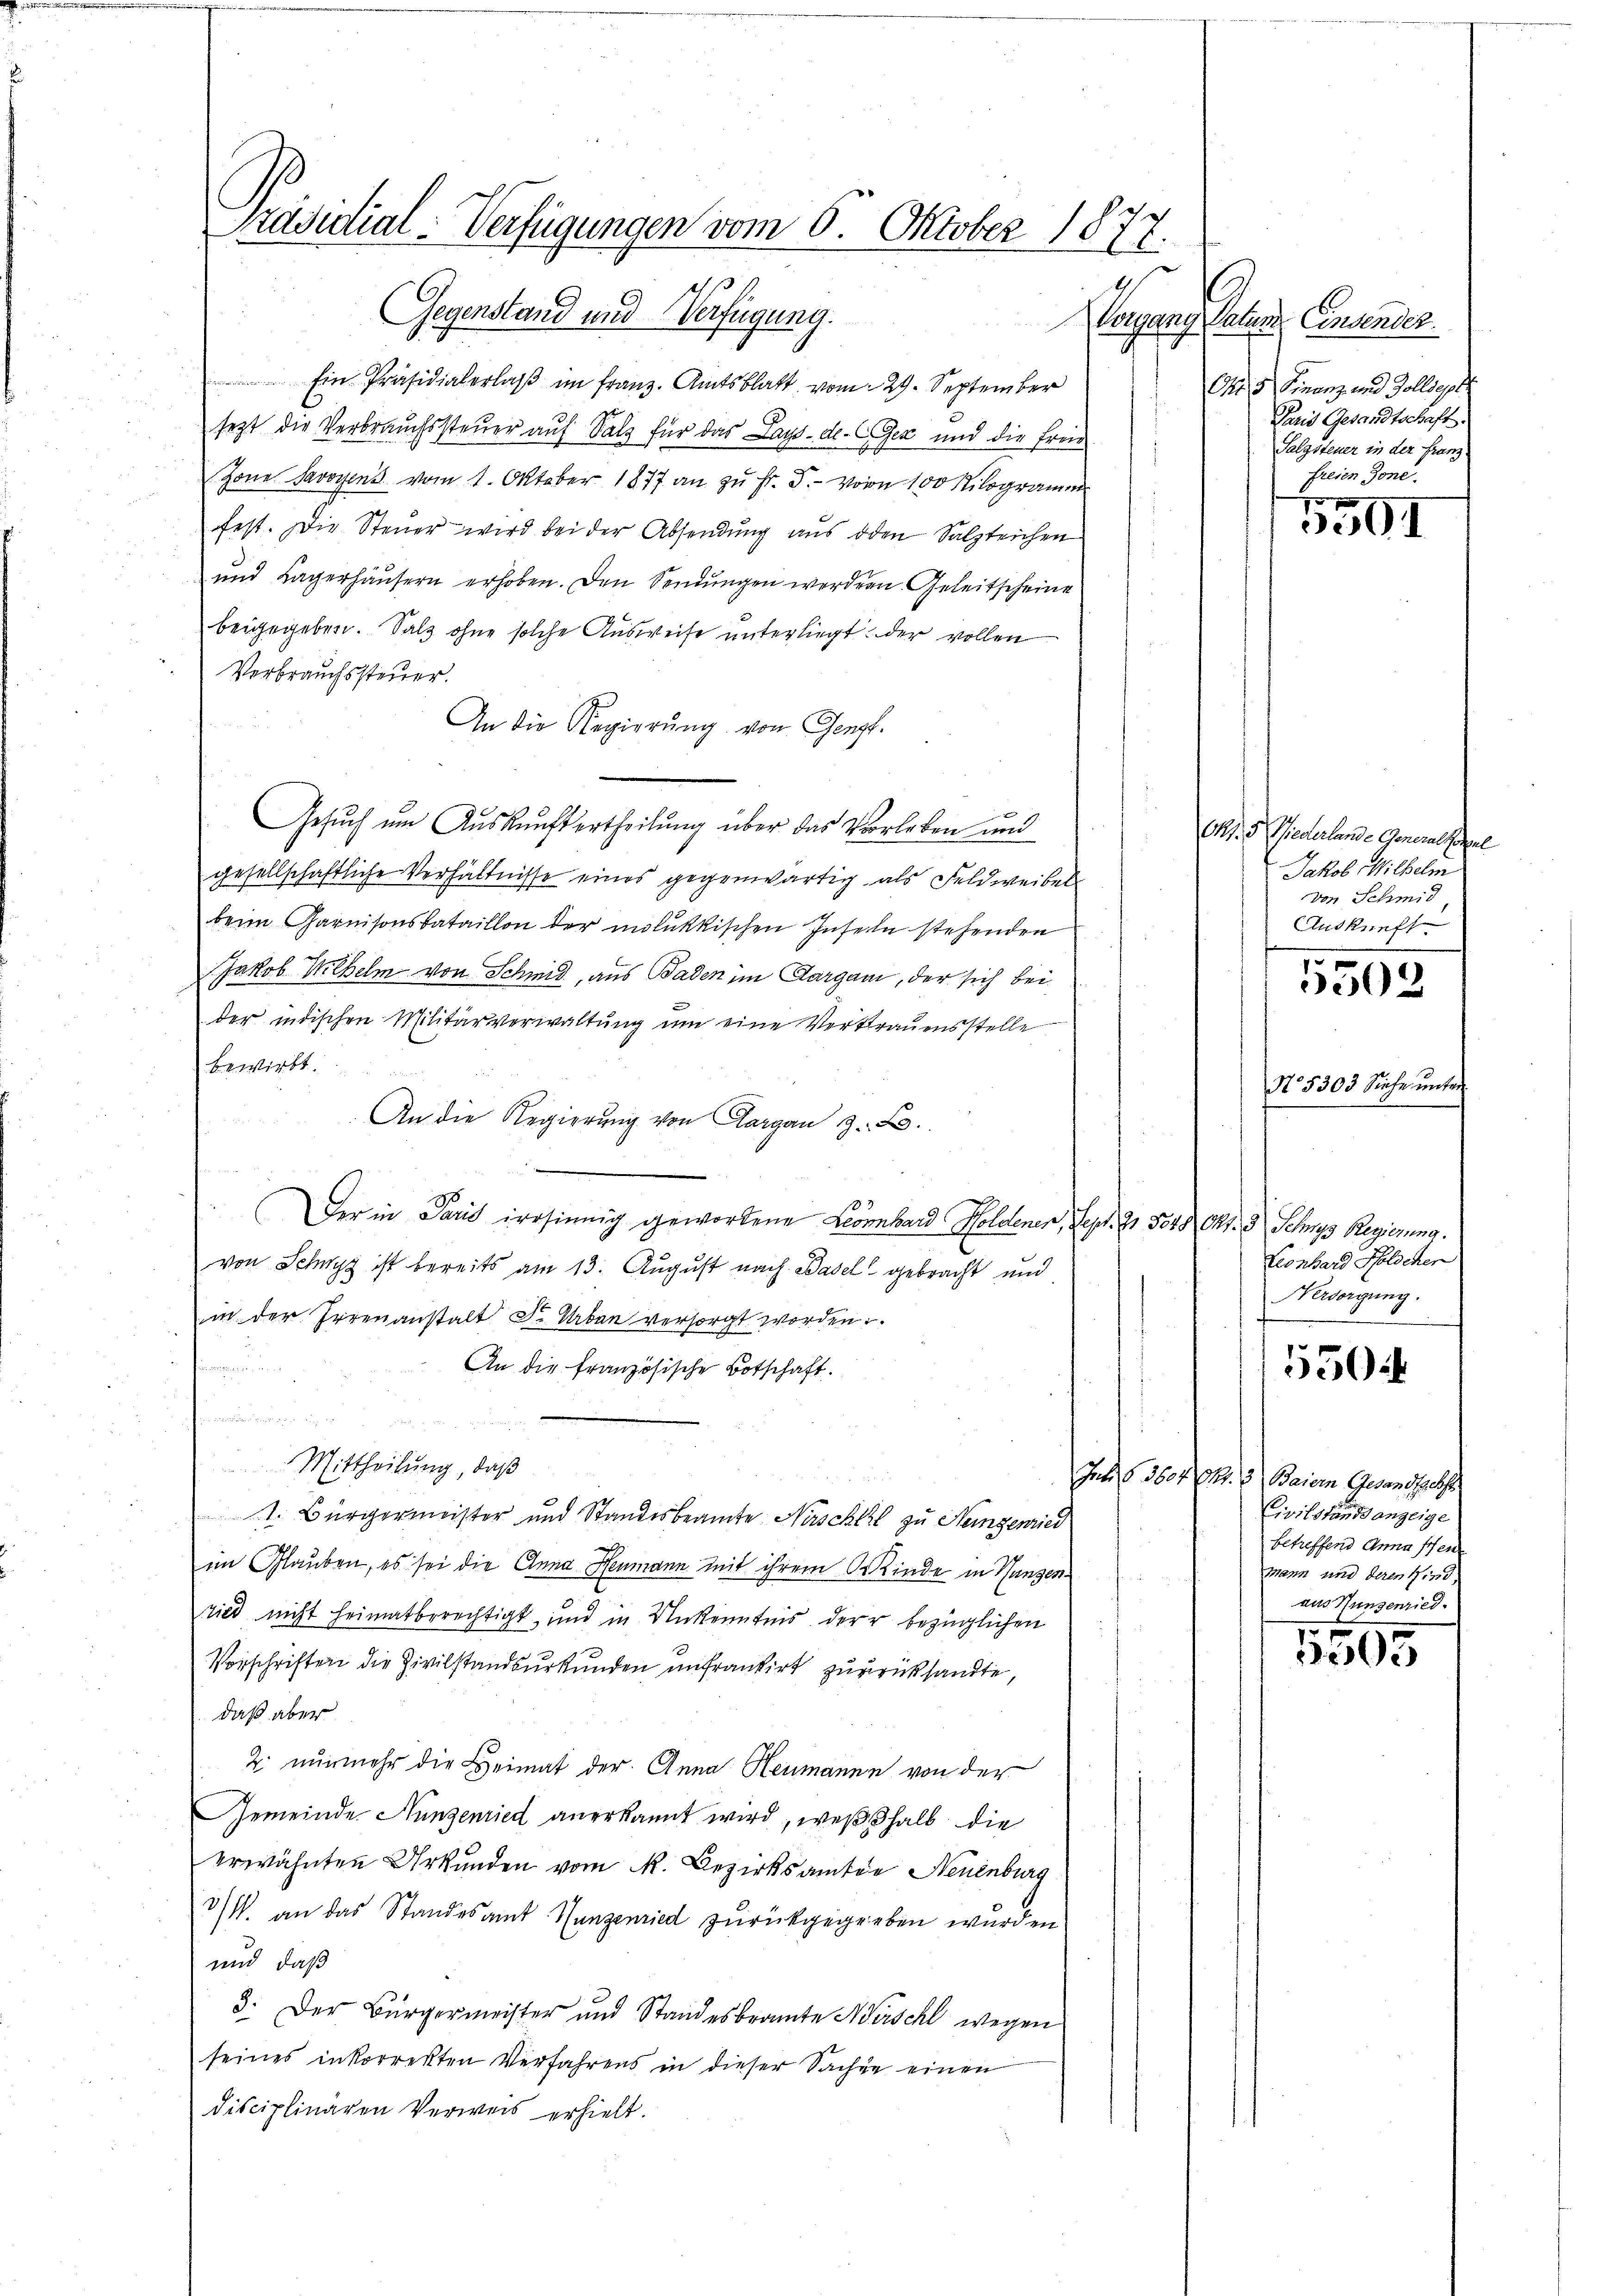
Gegenstand und Verfügung.
ogg
 Ein Präsidialerlaß im Franz. Amtsblatt vom 29. September
sezt die Verbrauchssteuer auf Salz für das Lays-de- CGez und die Frei
Zone Savoyens vom 1. Oktober 1877 an zu Fr. 5.- von 100 Kilogramm
fest. Die Steuer wird bei der Absendung aus den Salzteichen
und Lagerhäŭsern erhoben. Den Sendungen werden. Geleitscheine
beigegeben. Salz ohne solche Ausweise unterliegt der vollen
Verbrauchssteuer.
An die Regierung von Gengt.
Gesuch um Auskauftertheilung über das Vorleben und
gesellschaftliche Verhältnisse eines gegenwärtig als Feldweibel
beim Garnisonsbataillon der milukkischen Inseln stehenden
Jakob Wilhelm von Schmid, aus Baden im Aargau, der sich bei
der indischen Militärverwaltung um eine Vertrauensstelle
bewirkt.
An die Regierung von Aargau z. B.

Der in Paris irrsinnig geworbene Lombard Holdenen, Sept. 20 Pers. Mts. 3 Schups Regierung.
von Schwyz ist bereits am 13. August nach Basel gebracht und
in der Irrenanstalt Dr. Arben versorgt worden
An die französische Botschaft.
d
Mittheilung, daß
. Bürgermeister und Standesbeamte Nischtel zu Heinzenried
im Glauben, es sei die Anna Heumann mit ihrem Kinde in Hungenried nicht heimatberechtigt und in Unkenntnis der bezüglichen
Vorschriften die Zivilstandsurkunden unfrankirt zurücksandte,
daß aber
2. nunmehr die Heimat der Anna Heumanne von der
Gemeinde. Nunzenried anerkannt wird, weßhalb die
erwähnten Urkunden vom M. Bezirksamten Neuenburg
I an das Standesamt Hunzenried zurückgegeben wurden
und, daß
8. Der Bürgermeister und Standesbeamte Nüschl wegen
seines inkorrekten Verfahrens in dieser Sachen einen
disciplinaren Verweis erhielt.

Präsidial-Verfügungen vom 6. Oktober 1872.

Patien Consender
(25. Franz und Zolldept
Paris Gesandtschaft.
Salzsteuer in der Franz
freien Jone.

3591

Okt. 5. Wiederlande Generalpozel
Jakob Wilhelm
von Schmid
Auskunft

5503

No. 5303 Siehe unter

Leonhard Polschen
Nersorgung.

550

Int § 3604 Okt. 3 Baiern Gesandtschf
Civilstand anzeige
betreffend Anna schen
mann und deren Kind,
aus Stundenried.

1505